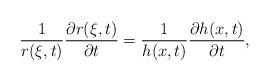
LaTeX: \begin{align*}\frac{1}{r(\xi,t)}\frac{\partial r(\xi,t)}{\partial t}=\frac{1}{h(x,t)}\frac{\partial h(x,t)}{\partial t},\end{align*}